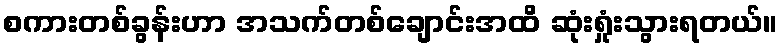
စကားတစ်ခွန်းဟာ အသက်တစ်ချောင်းအထိ ဆုံးရှုံးသွားရတယ်။